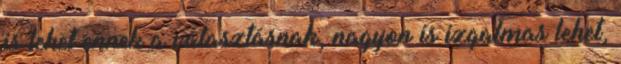
is lehet ennek a választásnak, nagyon is izgalmas lehet,